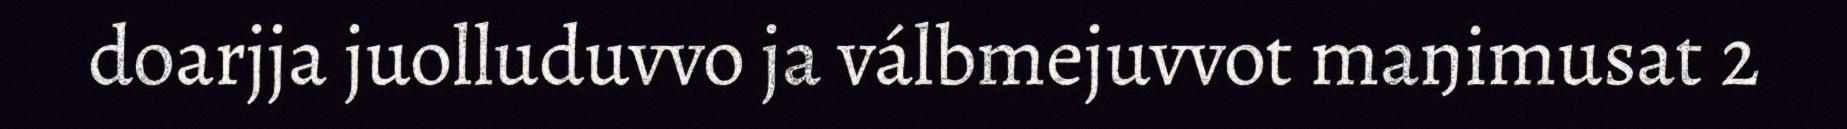
doarjja juolluduvvo ja válbmejuvvot maŋimusat 2